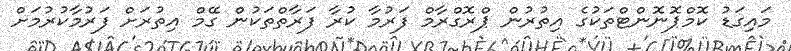
މައިގަޑު ކޮމްޕޮނޮންޓްތަކުގެ އިތުރުން ޕްރޮގްރާމް ފަރުމާ ކުރާ ފަރާތްތަކުން ގޭމް އިތުރަށް ފަރުމާކުރުމަށް